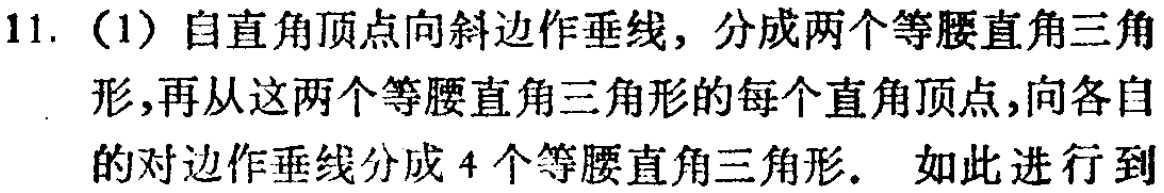
11. (1) 自直角顶点向斜边作垂线，分成两个等腰直角三角形，再从这两个等腰直角三角形的每个直角顶点，向各自的对边作垂线分成 4 个等腰直角三角形. 如此进行到